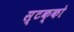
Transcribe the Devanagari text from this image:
स्टक्को